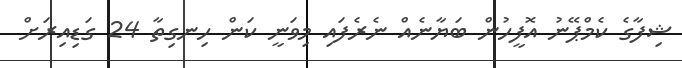
ޝިފާގެ ކެމްޕޭނު އޮފީހުން ބަޔާނެއް ނެރެފައި މިވަނީ ކަން ހިނގިތާ 24 ގަޑިއިރަށް